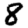
Digit: 8